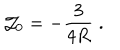
\mathcal { J } _ { 0 } = - \frac 3 { 4 R } \; .